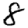
Digit: 8